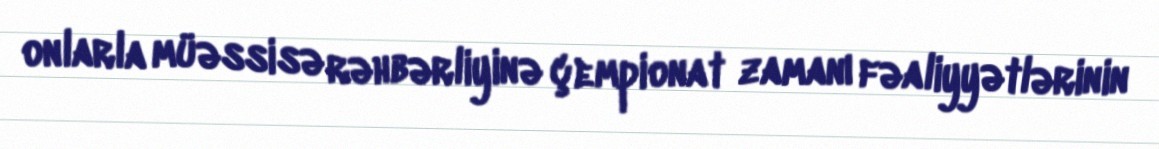
onlarla müəssisə rəhbərliyinə çempionat zamanı fəaliyyətlərinin